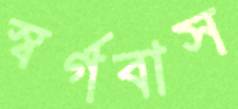
স্বর্গবাস